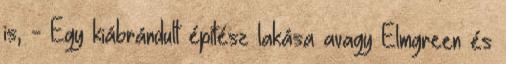
is, - Egy kiábrándult építész lakása avagy Elmgreen és